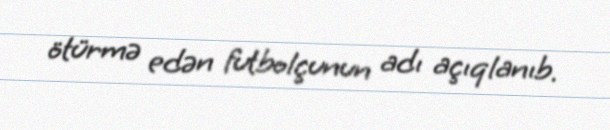
ötürmə edən futbolçunun adı açıqlanıb.